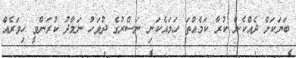
ބަޔަކަށް ދެއްކެން ކުރާ ކަމެއްތަ ހަމައެކަނި ނަސްރުގެ ދުވަހު ނަމާދު ކުރަންވީ ހިވަރެއް